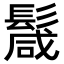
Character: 𩮏